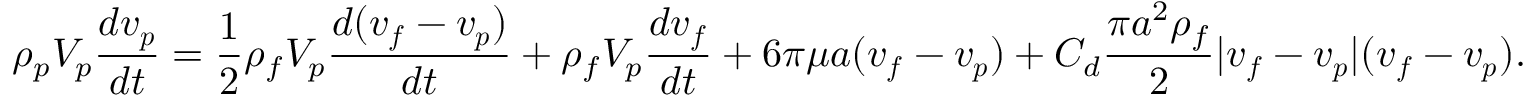
\rho _ { p } V _ { p } \frac { d \boldsymbol { v _ { p } } } { d t } = \frac { 1 } { 2 } \rho _ { f } V _ { p } \frac { d ( \boldsymbol { v _ { f } } - \boldsymbol { v _ { p } } ) } { d t } + \rho _ { f } V _ { p } \frac { d \boldsymbol { v _ { f } } } { d t } + 6 \pi \mu a ( \boldsymbol { v _ { f } } - \boldsymbol { v _ { p } } ) + C _ { d } \frac { \pi a ^ { 2 } \rho _ { f } } { 2 } | \boldsymbol { v _ { f } } - \boldsymbol { v _ { p } } | ( \boldsymbol { v _ { f } } - \boldsymbol { v _ { p } } ) .